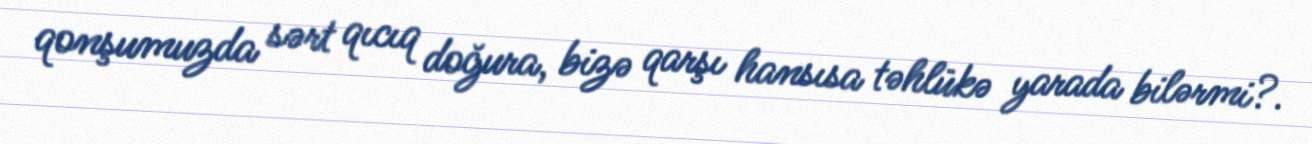
qonşumuzda sərt qıcıq doğura, bizə qarşı hansısa təhlükə yarada bilərmi?.